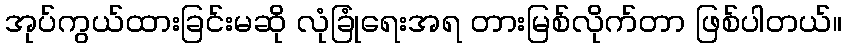
အုပ်ကွယ်ထားခြင်းမဆို လုံခြုံရေးအရ တားမြစ်လိုက်တာ ဖြစ်ပါတယ်။